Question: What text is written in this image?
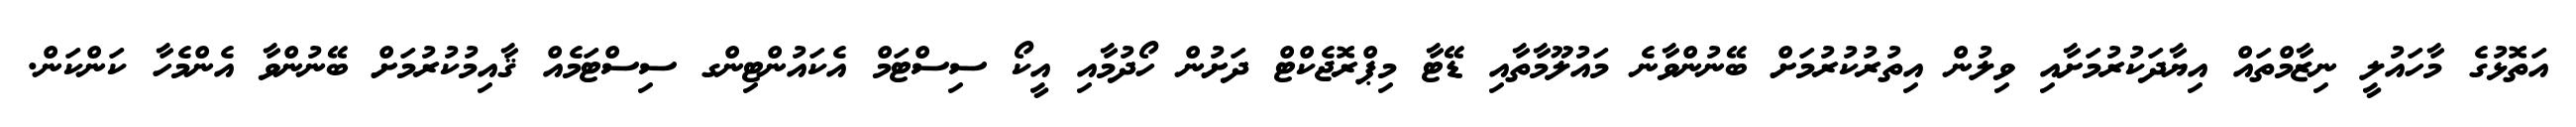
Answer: އަތޮޅުގެ މާހައުލީ ނިޒާމްތައް އިޔާދަކުރުމަށާއި ވިލުން އިތުރުކުރުމަށް ބޭނުންވާނެ މައުލޫމާތާއި ޑޭޓާ މިޕްރޮޖެކްޓް ދަށުން ހޯދުމާއި އީކޯ ސިސްޓަމް އެކައުންޓިންގ ސިސްޓަމެއް ޤާއިމުކުރުމަށް ބޭނުންވާ އެންމެހާ ކަންކަން.